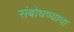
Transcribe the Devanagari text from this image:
संबोधण्याचा